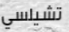
تشيلسي